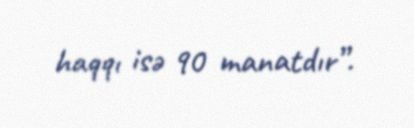
haqqı isə 90 manatdır”.